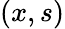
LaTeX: (x,s)